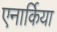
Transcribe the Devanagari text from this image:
एनार्किया